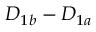
D _ { 1 b } - D _ { 1 a }